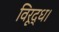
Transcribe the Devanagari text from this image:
विरूद्ध।